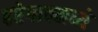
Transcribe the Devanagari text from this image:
हरेगावमध्ये